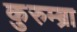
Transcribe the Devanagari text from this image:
कुरुम्ब्रा